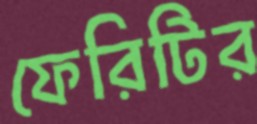
ফেরিটির